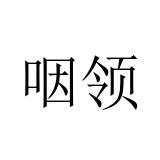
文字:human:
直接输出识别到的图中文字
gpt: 咽领